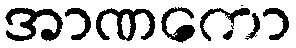
အာဏကော